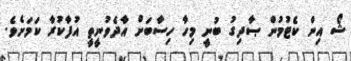
ޝޯ އިން ކެޓުމުން ޞާދިގު ބުނީ މިހާ ހިސާބަށް އާދެވުނީތީ އުފާކުރާ ކަމަށެވެ.